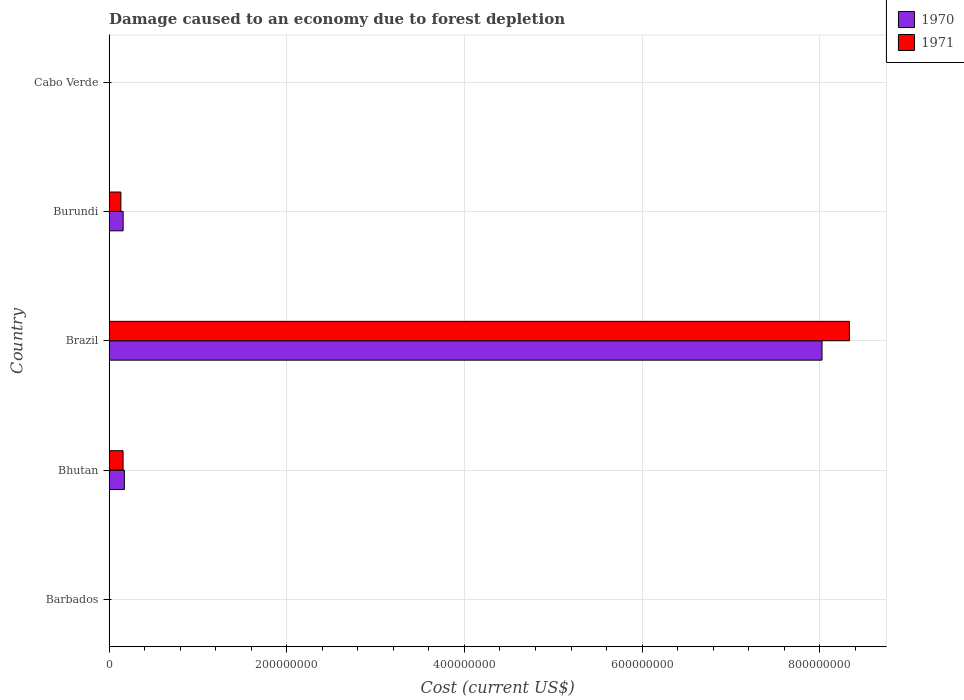
| Country | 1970 | 1971 |
 | --- | --- | --- |
 | Barbados | 3.7e+04 | 2.86e+04 |
 | Bhutan | 1.72e+07 | 1.58e+07 |
 | Brazil | 8.03e+08 | 8.33e+08 |
 | Burundi | 1.58e+07 | 1.33e+07 |
 | Cabo Verde | 2.02e+05 | 1.81e+05 |